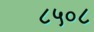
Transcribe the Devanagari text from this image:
८५०८